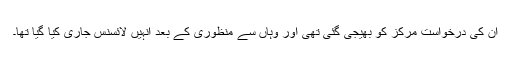
ان کی درخواست مرکز کو بھیجی گئی تھی اور وہاں سے منظوری کے بعد انہیں لائسنس جاری کیا گیا تھا۔